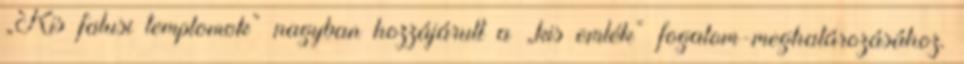
„Kis falusi templomok” nagyban hozzájárult a „kis emlék” fogalom-meghatározásához.